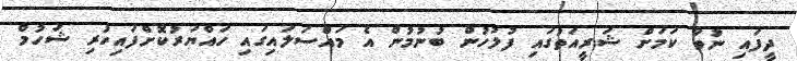
ދީފައި ނުވާ ކަމަށް ޝަރީއަތުގައި ފުލުހުން ބުނުމުން އެ މައްސަލައިގައި ހައްޔަރުކޮށްފައިހުރި ޝަހުމް